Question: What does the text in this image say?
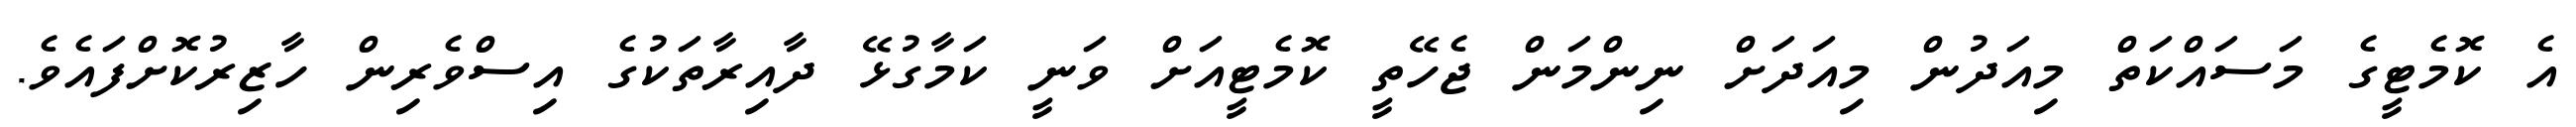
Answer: އެ ކޮމެޓީގެ މަސައްކަތް މިއަދުން މިއަދަށް ނިންމަން ޖެހޭތީ ކޮމެޓީއަށް ވަނީ ކަމާގުޅޭ ދާއިރާތަކުގެ އިސްވެރިން ހާޒިރުކޮށްފައެވެ.